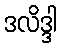
ဒလိဒ္ဒါ